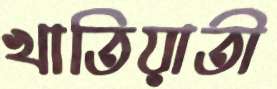
খাতিয়াতী